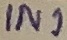
Text: IN1